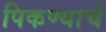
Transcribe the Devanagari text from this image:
पिकण्याचे